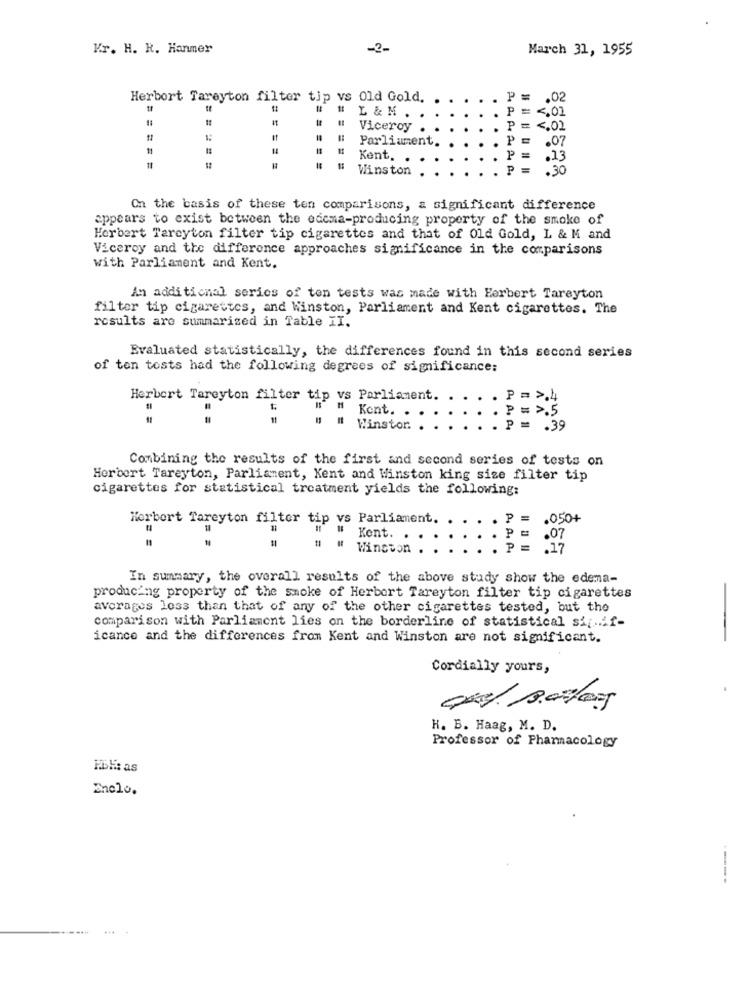
Kr. H. R. Hanmer
-2-
March 31, 1955
Herbort Tareyton filter tip vs Old Gold.
P =
.02
L & M
P
= <, 02
Viceroy
P
= <, 01
Parliament.
PE
= ===
P =
.07
Kent.
.13
=====
= = ===
Winston
P
=
.30
On the basis of these ton comparisons, a significant difference
appears to exist between the edcma-producing property of the smoke of
Herbert Tareyton filter tip cigarettes and that of Old Gold, L & M and
Viceroy and the difference approaches significance in the comparisons
with Parliament and Kent.
An additional series of ton tests was made with Herbert Tarayton
filter tip cigarettes, and Winston, Parliament and Kent cigarettes. The
results are summarized in Table II.
Evaluated statistically, the differences found in this second series
of ton tests had the following degrees of significance:
Herbert Tareyton filter tip vs Parliament.
P=>.
Kent.
. P
# Winstor.
.39
Combining the results of the first and second series of tests on
Herbert Tareyton, Parliament, Kent and Winston king size filter tip
cigarettes for statistical treatment yields the following:
Herbert Tareyton filter tip vs Parliament.
P
050+
Kent.
.07
#
Winston
In summary, the overall results of the above study show the edema-
producing property of the smoke of Herbert Tareyton filter tip cigarettes
averages less than that of any of the other cigarettes tested, but the
comparison with Parliament lies on the borderline of statistical sig.if-
icance and the differences from Kent and Winston are not significant.
-
Cordially yours,
K. B. Haag, M. D.
Professor of Pharmacology
Föl: as
Enclo.
----